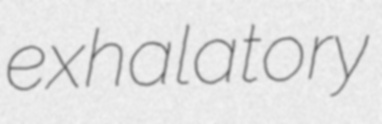
exhalatory